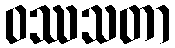
ဝဿသတာ